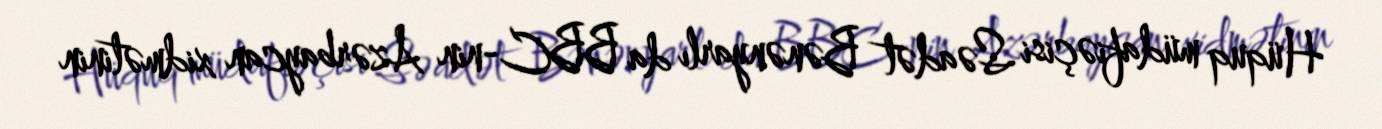
Hüquq müdafiəçisi Səadət Bənənyarlı da BBC-nin Azərbaycan xidmətinin